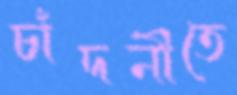
চাঁদনীতে